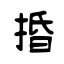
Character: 捪